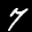
Label: 7